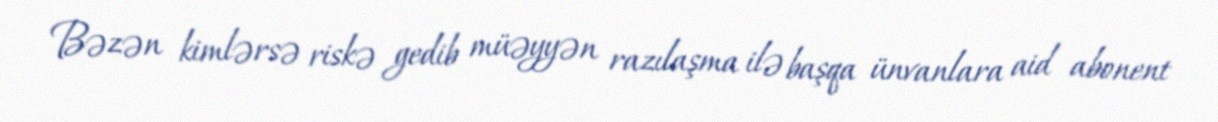
Bəzən kimlərsə riskə gedib müəyyən razılaşma ilə başqa ünvanlara aid abonent